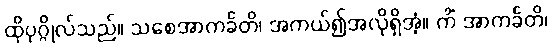
ထိုပုဂ္ဂိုလ်သည်။ သစေအာကင်္ခတိ၊ အကယ်၍အလိုရှိအံ့။ ကိံ အာကင်္ခတိ၊